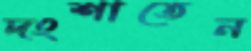
দংশাতেন